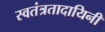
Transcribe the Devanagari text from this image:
स्वतंत्रतादायिनी